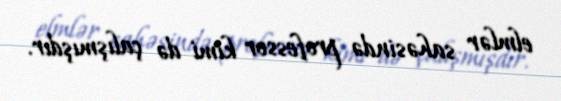
elmlər sahəsində professor kimi də çalışmışdır.